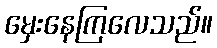
မှေးနေကြလေသည်။